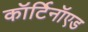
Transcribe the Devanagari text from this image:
कॉर्टिनॉएड